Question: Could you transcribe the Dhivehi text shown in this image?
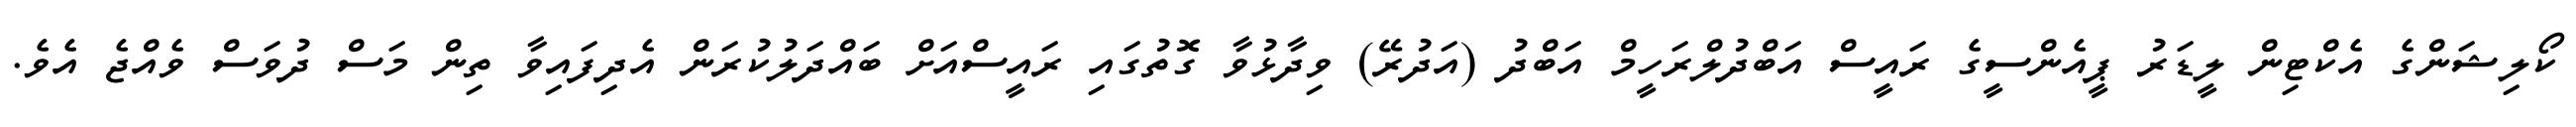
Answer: ކޯލިޝަންގެ އެކްޓިން ލީޑަރު ޕީއެންސީގެ ރައީސް އަބްދުލްރަހީމް އަބްދު (އަދުރޭ) ވިދާޅުވާ ގޮތުގައި ރައީސްއަށް ބައްދަލުކުރަން އެދިފައިވާ ތިން މަސް ދުވަސް ވެއްޖެ އެވެ.